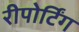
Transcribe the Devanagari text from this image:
रीपोर्टिंग